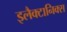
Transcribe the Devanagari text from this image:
इलैक्टानिक्स